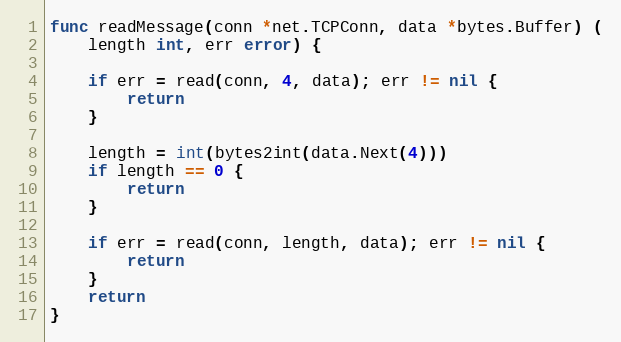
Language: Go
func readMessage(conn *net.TCPConn, data *bytes.Buffer) (
	length int, err error) {

	if err = read(conn, 4, data); err != nil {
		return
	}

	length = int(bytes2int(data.Next(4)))
	if length == 0 {
		return
	}

	if err = read(conn, length, data); err != nil {
		return
	}
	return
}